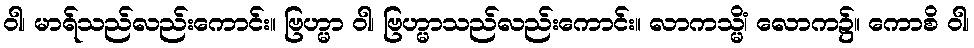
ဝါ၊ မာရ်သည်လည်းကောင်း။ ဗြဟ္မာ ဝါ၊ ဗြဟ္မာသည်လည်းကောင်း။ လာကသ္မိံ၊ လောက၌။ ကောစိ ဝါ၊